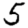
Digit: 5